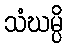
သံဃမ္ပိ